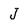
Character: J